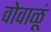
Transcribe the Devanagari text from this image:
वोवाळूं